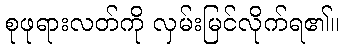
စုဖုရားလတ်ကို လှမ်းမြင်လိုက်ရ၏။